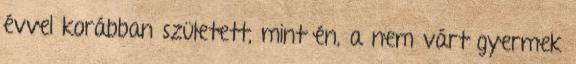
évvel korábban született, mint én, a nem várt gyermek